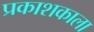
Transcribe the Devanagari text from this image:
प्रकाशकाला